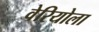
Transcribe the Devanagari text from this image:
वेरियोला